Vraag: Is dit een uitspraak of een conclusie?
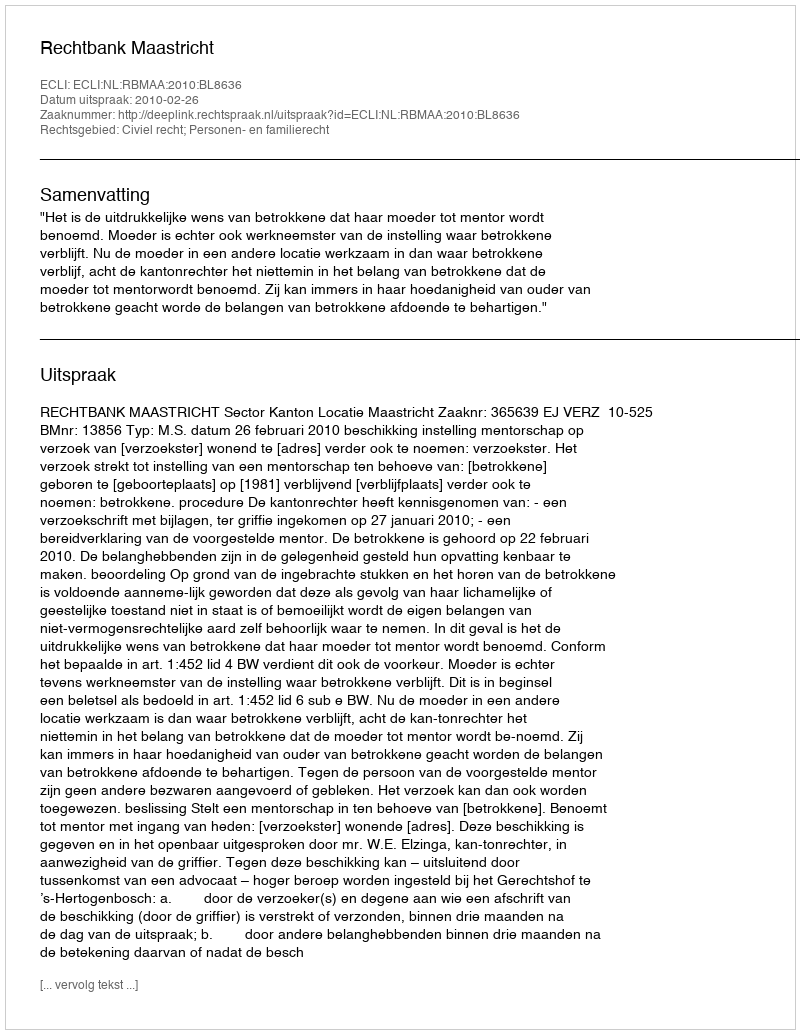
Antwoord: Uitspraak